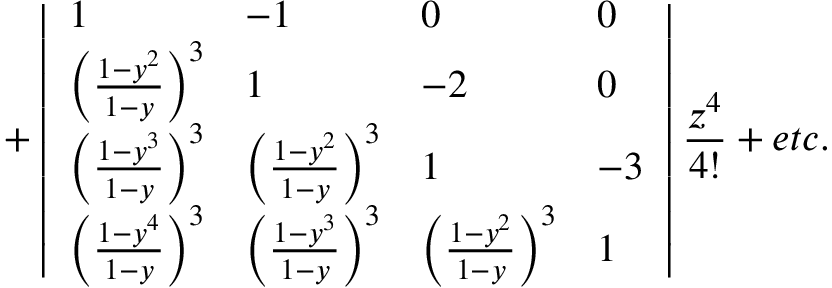
+ \left| \begin{array} { l l l l } { 1 } & { - 1 } & { 0 } & { 0 } \\ { \left( \frac { 1 - y ^ { 2 } } { 1 - y } \right) ^ { 3 } } & { 1 } & { - 2 } & { 0 } \\ { \left( \frac { 1 - y ^ { 3 } } { 1 - y } \right) ^ { 3 } } & { \left( \frac { 1 - y ^ { 2 } } { 1 - y } \right) ^ { 3 } } & { 1 } & { - 3 } \\ { \left( \frac { 1 - y ^ { 4 } } { 1 - y } \right) ^ { 3 } } & { \left( \frac { 1 - y ^ { 3 } } { 1 - y } \right) ^ { 3 } } & { \left( \frac { 1 - y ^ { 2 } } { 1 - y } \right) ^ { 3 } } & { 1 } \end{array} \right| \frac { z ^ { 4 } } { 4 ! } + e t c .